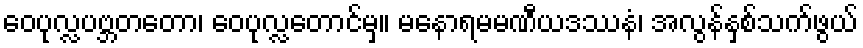
ဝေပုလ္လပဗ္ဘတတော၊ ဝေပုလ္လတောင်မှ။ မနောရမမဏီယဒဿနံ၊ အလွန်နှစ်သက်ဖွယ်